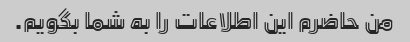
من حاضرم این اطلاعات را به شما بگویم.